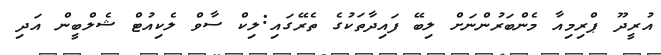
އުރީދޫ ޕްރިމިއާ މެންބަރުންނަށް ލިބޭ ފައިދާތަކުގެ ތެރޭގައި:ލިކް ސާވް ލެކިއުޓް ޝެލްބީން އަދި